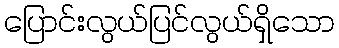
ပြောင်းလွယ်ပြင်လွယ်ရှိသော